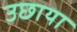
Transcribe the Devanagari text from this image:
उछाया